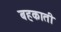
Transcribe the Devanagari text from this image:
बहकाती